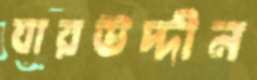
যারউদ্দীন